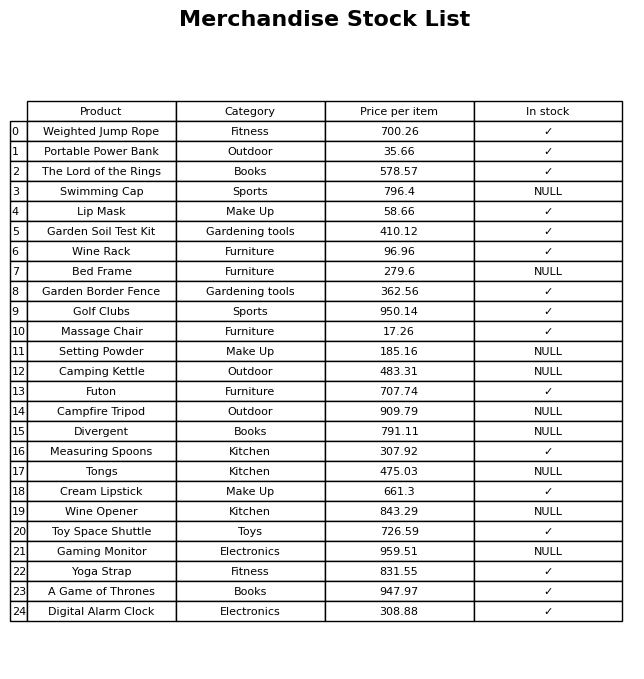
question: What is the price of the Yoga Strap?
answer: The price of Yoga Strap is 831.55.